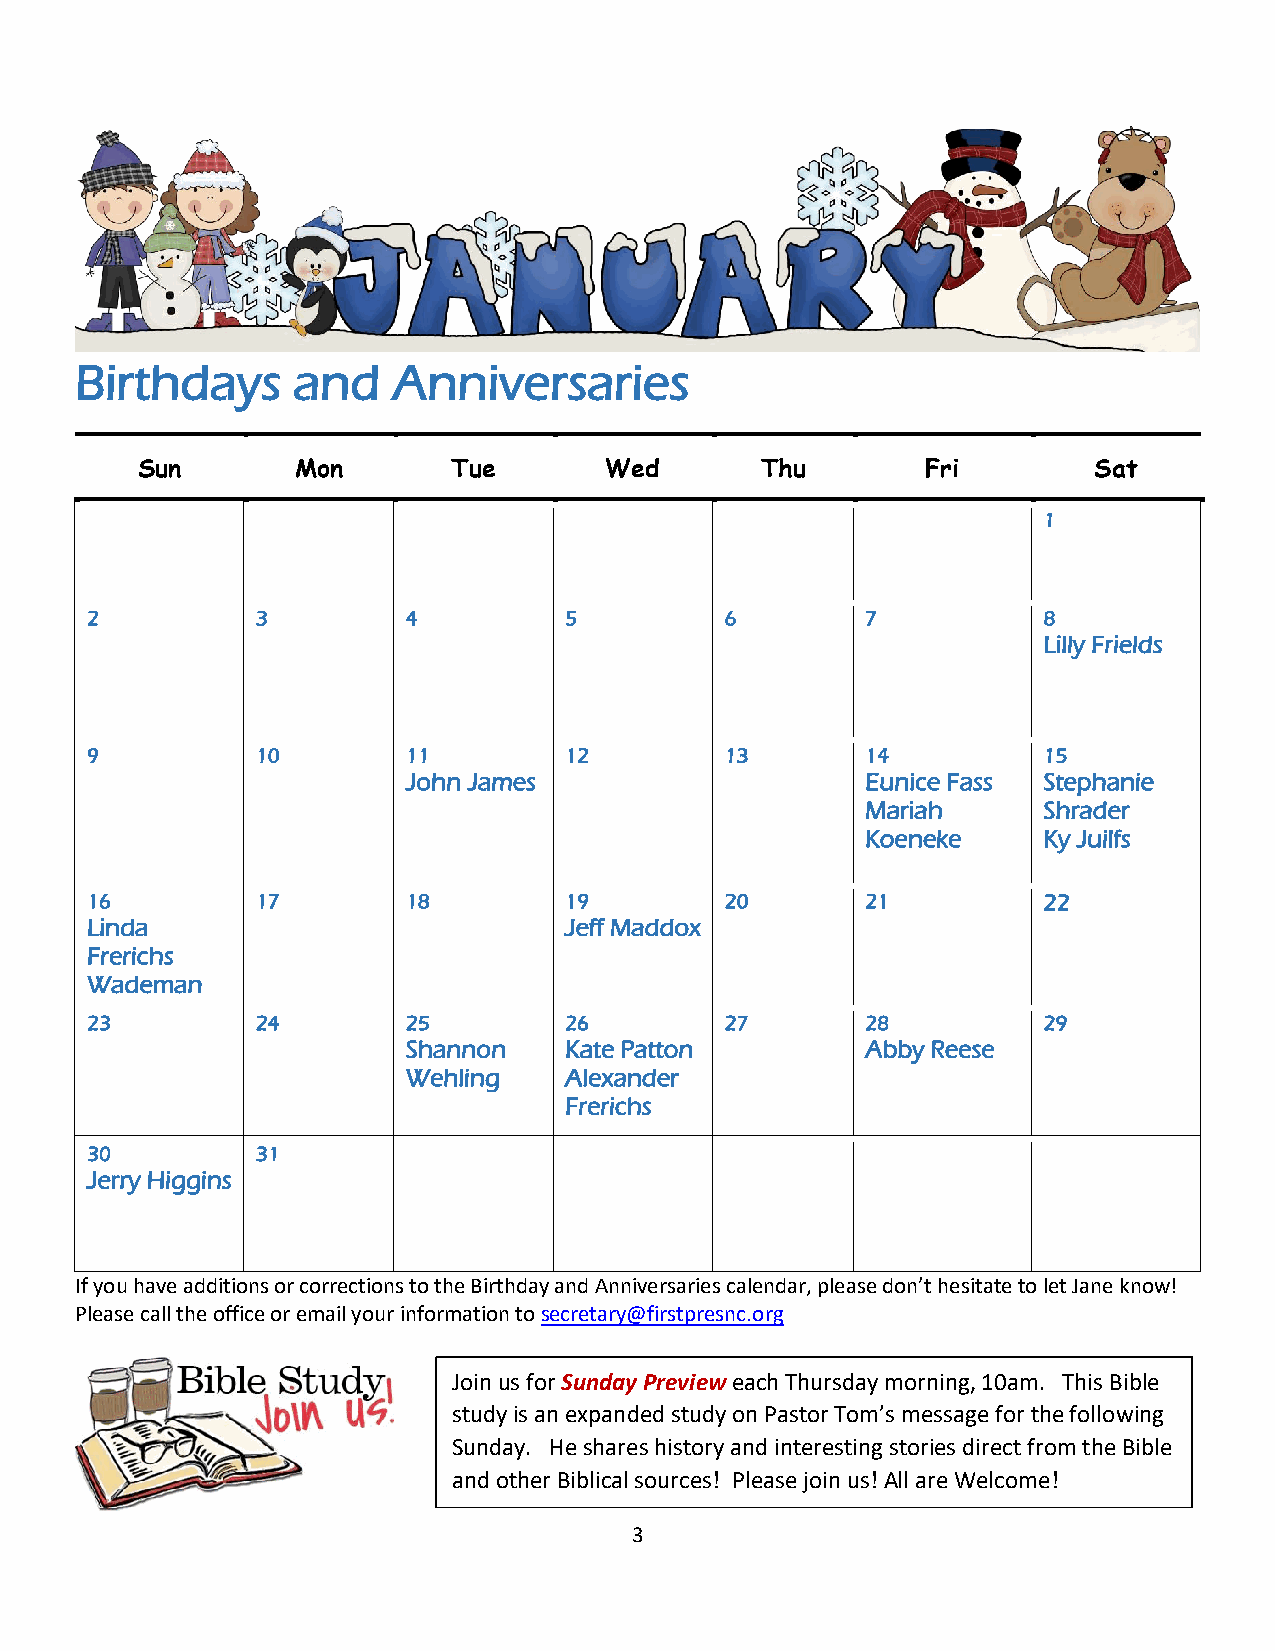
Birthdays     and    Anniversaries
 Sun        Mon       Tue       Wed       Thu        Fri        Sat
 1
 2          3         4         5          6        7           8
 Lilly Frields
 9          10        11        12         13       14          15
 John James                    Eunice Fass Stephanie
 Mariah      Shrader
 Koeneke     Ky Juilfs
 16         17        18        19         20       21          22
 Linda                          Jeff Maddox
 Frerichs
 Wademan
 23         24        25        26         27       28          29
 Shannon   Kate Patton         Abby Reese
 Wehling   Alexander
 Frerichs
 30         31
 Jerry Higgins
 If you have additions or corrections to the Birthday and Anniversaries calendar, please don’t hesitate to let Jane know!
 Please call the office or email your information to secretary@firstpresnc.org
 Join us for Sunday Preview each Thursday morning, 10am. This Bible
 study is an expanded study on Pastor Tom’s message for the following
 Sunday. He shares history and interesting stories direct from the Bible
 and other Biblical sources! Please join us! All are Welcome!
 3